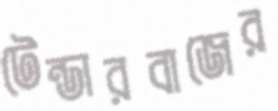
টেন্ডারবাজের